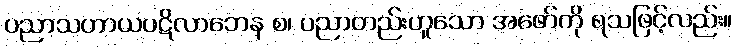
ပညာသဟာယပဋိလာဘေန စ၊ ပညာတည်းဟူသော အဖော်ကို ရသဖြင့်လည်း။